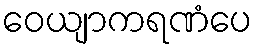
ဝေယျာကရဏံပေ